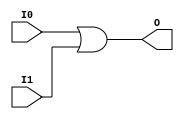
module X_OR2 (O, I0, I1);

  parameter LOC = "UNPLACED";
  output O;
  input I0, I1;

  or (O, I0, I1);

  specify

	(I0 => O) = (0:0:0, 0:0:0);
	(I1 => O) = (0:0:0, 0:0:0);

	specparam PATHPULSE$ = 0;

  endspecify

endmodule